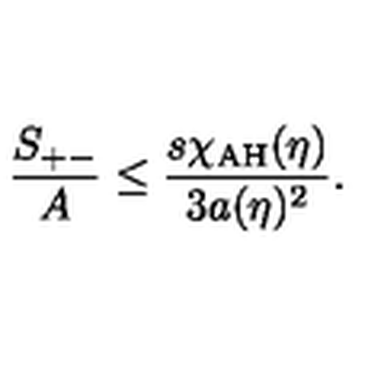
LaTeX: { \frac { S _ { + - } } { A } } \leq { \frac { s \chi _ { \mathrm { A H } } ( \eta ) } { 3 a ( \eta ) ^ { 2 } } } .